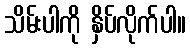
သိမ်းပါကို နှိပ်လိုက်ပါ။